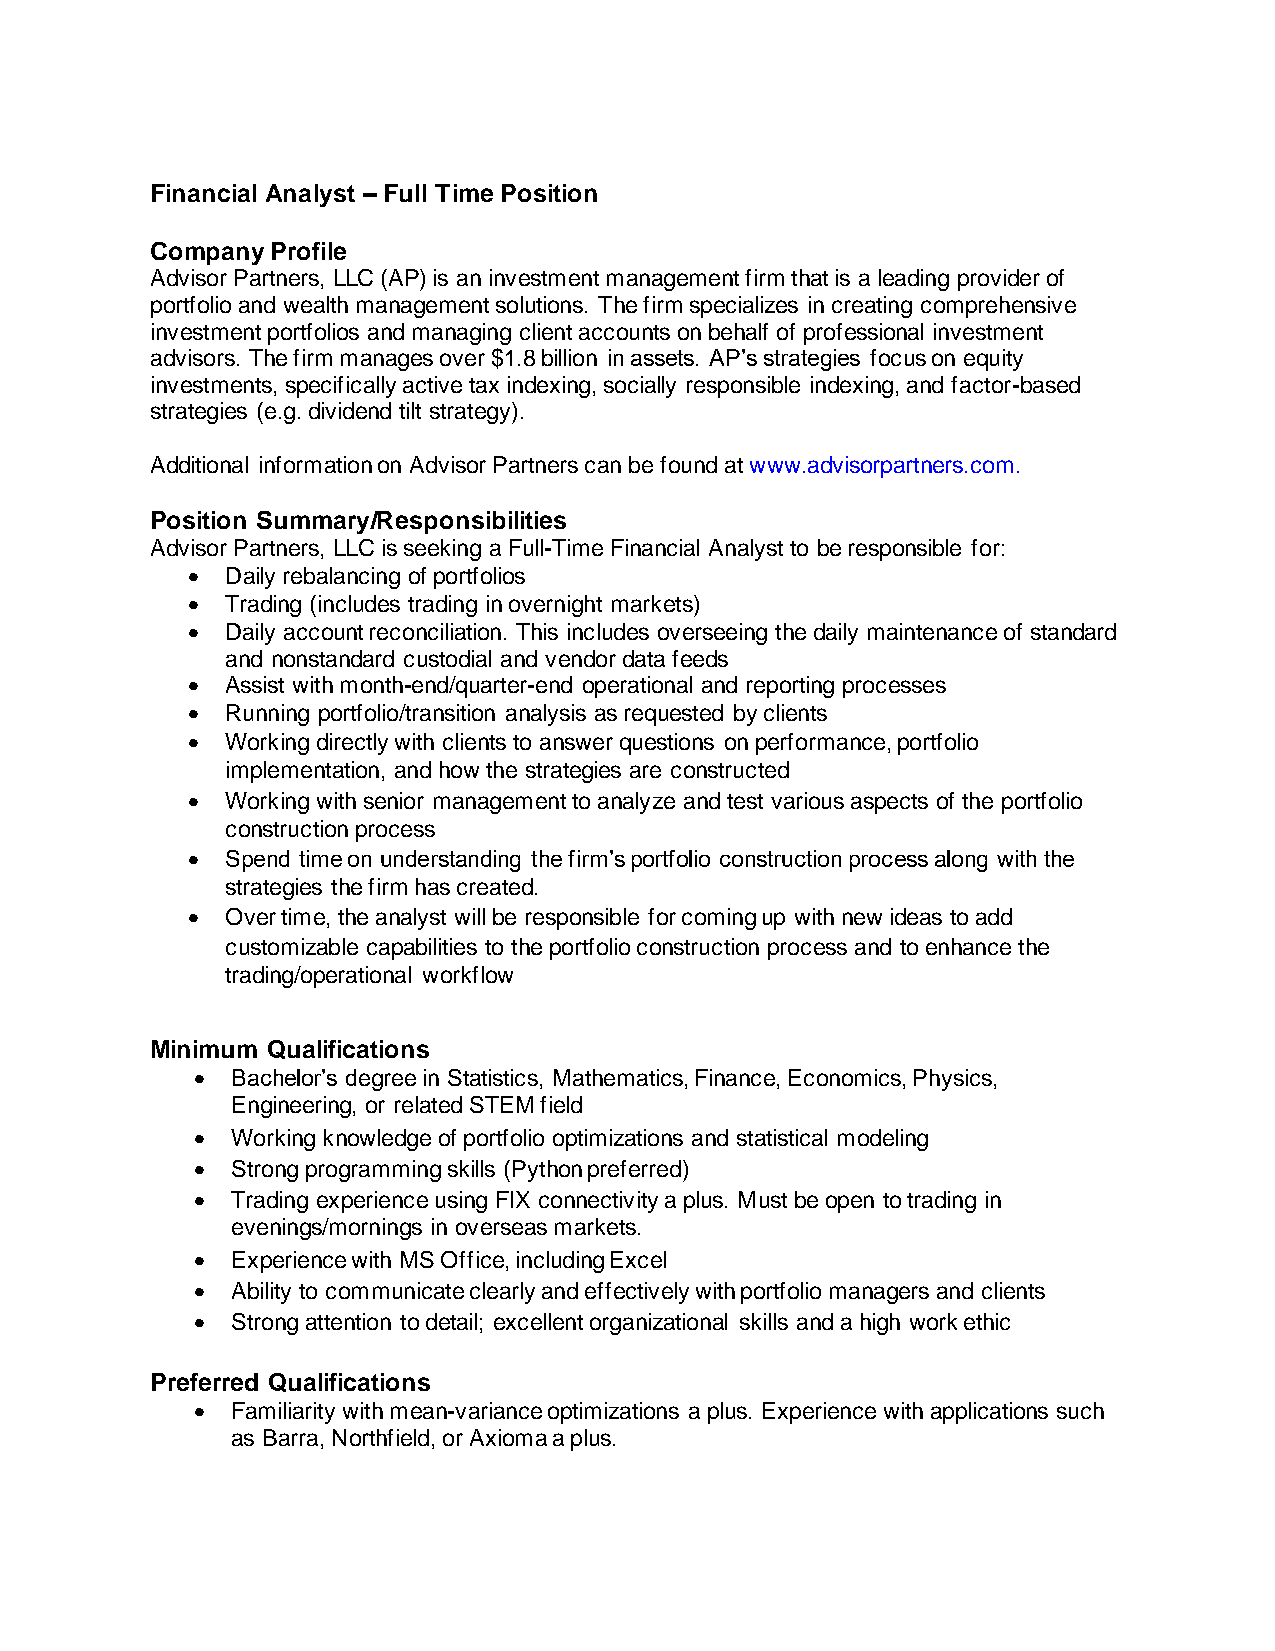
Financial Analyst – Full Time Position
 Company Profile
 Advisor Partners, LLC (AP) is an investment management firm that is a leading provider of
 portfolio and wealth management solutions. The firm specializes in creating comprehensive
 investment portfolios and managing client accounts on behalf of professional investment
 advisors. The firm manages over $1.8 billion in assets. AP’s strategies focus on equity
 investments, specifically active tax indexing, socially responsible indexing, and factor-based
 strategies (e.g. dividend tilt strategy).
 Additional information on Advisor Partners can be found at www.advisorpartners.com.
 Position Summary/Responsibilities
 Advisor Partners, LLC is seeking a Full-Time Financial Analyst to be responsible for:
 •  Daily rebalancing of portfolios
 •  Trading (includes trading in overnight markets)
 •  Daily account reconciliation. This includes overseeing the daily maintenance of standard
 and nonstandard custodial and vendor data feeds
 •  Assist with month-end/quarter-end operational and reporting processes
 •  Running portfolio/transition analysis as requested by clients
 •  Working directly with clients to answer questions on performance, portfolio
 implementation, and how the strategies are constructed
 •  Working with senior management to analyze and test various aspects of the portfolio
 construction process
 •  Spend time on understanding the firm’s portfolio construction process along with the
 strategies the firm has created.
 •  Over time, the analyst will be responsible for coming up with new ideas to add
 customizable capabilities to the portfolio construction process and to enhance the
 trading/operational workflow
 Minimum Qualifications
 • Bachelor’s degree in Statistics, Mathematics, Finance, Economics, Physics,
 Engineering, or related STEM field
 • Working knowledge of portfolio optimizations and statistical modeling
 • Strong programming skills (Python preferred)
 • Trading experience using FIX connectivity a plus. Must be open to trading in
 evenings/mornings in overseas markets.
 • Experience with MS Office, including Excel
 • Ability to communicate clearly and effectively with portfolio managers and clients
 • Strong attention to detail; excellent organizational skills and a high work ethic
 Preferred Qualifications
 • Familiarity with mean-variance optimizations a plus. Experience with applications such
 as Barra, Northfield, or Axioma a plus.